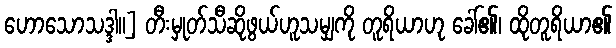
ဟောသောသဒ္ဒါ။] တီးမှုတ်သီဆိုဖွယ်ဟူသမျှကို တူရိယာဟု ခေါ်၏၊ ထိုတူရိယာ၏